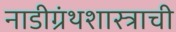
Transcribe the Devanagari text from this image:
नाडीग्रंथशास्त्राची